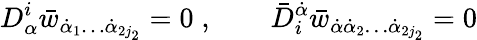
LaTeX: D_{\alpha}^{i}\bar{w}_{\dot{\alpha}_{1}\ldots\dot{\alpha}_{2j_{2}}}=0\; ,\qquad\bar{D}_{i}^{\dot{\alpha}}\bar{w}_{\dot{\alpha}\dot{\alpha}_{2}\ldots\dot{\alpha}_{2j_{2}}}=0